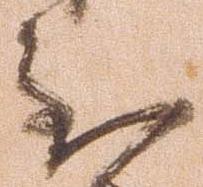
至